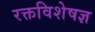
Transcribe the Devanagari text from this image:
रक्तविशेषज्ञ